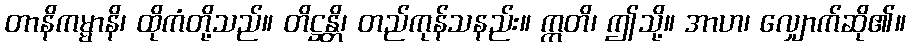
တာနိကမ္မာနိ၊ ထိုကံတို့သည်။ တိဋ္ဌန္တိ၊ တည်ကုန်သနည်း။ ဣတိ၊ ဤသို့။ အာဟ၊ လျှောက်ဆို၏။